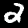
Digit: 2